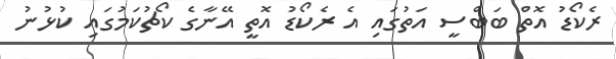
ރެކޯޑު އޮތް ބަބްސީ އަތުގައި އެ ރެކޯޑު އޮތީ އޭނާގެ ކޯޗުކަމުގައި ކުޅުނު